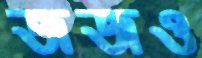
জজও